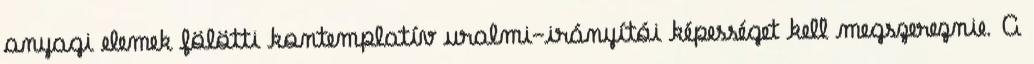
anyagi elemek fölötti kontemplatív uralmi-irányítói képességet kell megszereznie. A